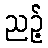
ညဉ့်